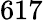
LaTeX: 617